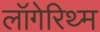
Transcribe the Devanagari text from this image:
लॉगेरिथ्म